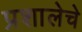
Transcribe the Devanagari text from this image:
प्रशालेचे